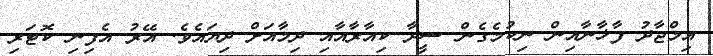
އިމްޖާދު ފާޚާނާއިން ނިކުމެގެން ސީދާ ކިއާރާއާއި ދިމާއަށް ދިޔައެވެ. އޭރު އެފިނި ކޮޓަރި